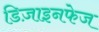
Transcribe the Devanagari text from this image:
डिज़ाइनफेज